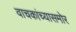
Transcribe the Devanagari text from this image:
वाचकांच्यासमोर